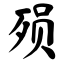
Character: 殒